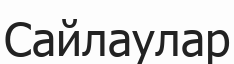
Сайлаулар